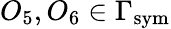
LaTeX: O_{5},O_{6}\in\Gamma_{\mathrm{sym}}